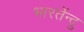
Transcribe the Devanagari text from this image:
भारतेंन्दु